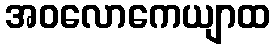
အဝလောကေယျာထ